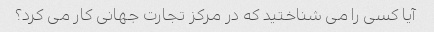
آیا کسی را می شناختید که در مرکز تجارت جهانی کار می کرد؟